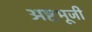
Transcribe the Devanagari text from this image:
अष्टभूजी